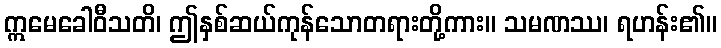
ဣမေခေါဝီသတိ၊ ဤနှစ်ဆယ်ကုန်သောတရားတို့ကား။ သမဏဿ၊ ရဟန်း၏။